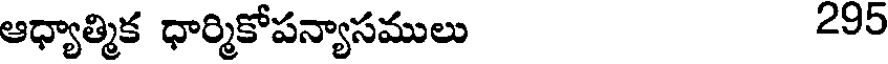
ఆధ్యాత్మిక ధార్మికోపన్యాసములు 295